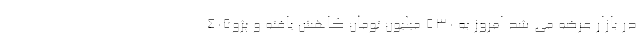
در بازار عرضه می شد امروز به 530 میلیون تومان کاهش یافته و پژو405